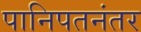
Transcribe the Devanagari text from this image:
पानिपतनंतर